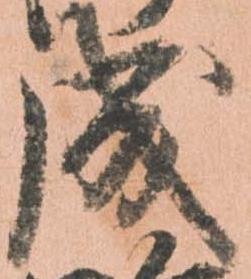
成